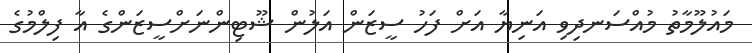
މައުލޫމާތު މުއްސަނދިވި އަނިޔާ އަށް ފަހު ސީޒަން އަލުން ޝޫޓިންނަށްސީޒަންގެ އާ ފިލްމުގެ